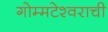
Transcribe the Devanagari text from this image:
गोम्मटेश्वराची